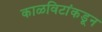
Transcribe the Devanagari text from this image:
काळविटांकडून